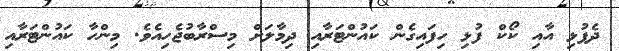
ދެފުޅި އާއި ކޯކް ފުޅި ހިފައިގެން ކައުންޓަރާއި ދިމާލަށް މިސްރާބުޖެހިއެވެ. މިންހާ ކައުންޓަރާއި